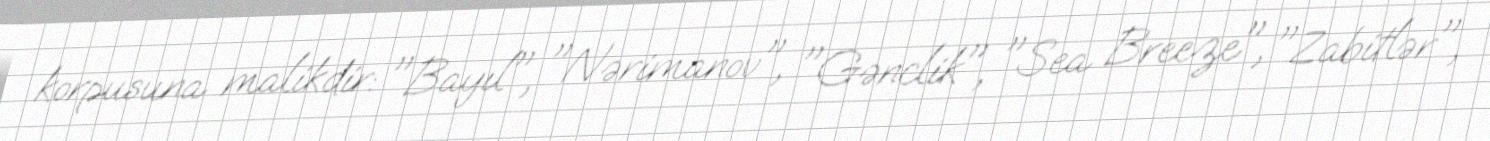
korpusuna malikdir: "Bayıl", "Nərimanov", "Gənclik", "Sea Breeze", "Zabitlər",